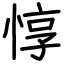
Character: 惇